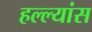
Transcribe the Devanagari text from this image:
हल्ल्यांस